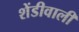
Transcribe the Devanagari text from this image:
शेंडीवाली